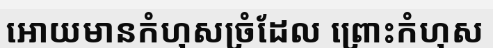
អោយមានកំហុសច្រំដែល ព្រោះកំហុស